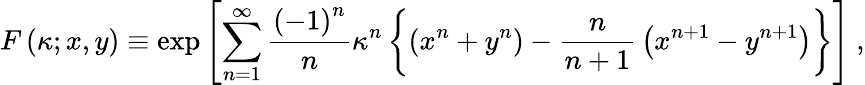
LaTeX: F\left(\kappa;x,y\right)\equiv\exp\left[\sum_{n=1}^{\infty}{\frac{\left(-1\right)^{n}}{n}}\kappa^{n}\left\{ \left(x^{n}+y^{n}\right)-{\frac{n}{n+1}}\left(x^{n+1}-y^{n+1}\right)\right\} \right]\ ,